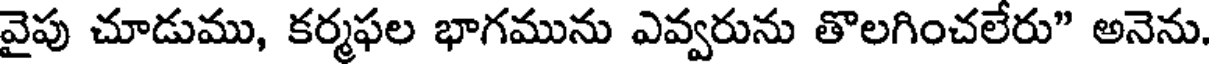
వైపు చూడుము, కర్మఫల భాగమును ఎవ్వరును తొలగించలేరు" అనెను